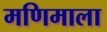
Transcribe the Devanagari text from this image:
मणिमाला